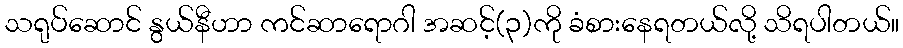
သရုပ်ဆောင် နွယ်နီဟာ ကင်ဆာရောဂါ အဆင့်(၃)ကို ခံစားနေရတယ်လို့ သိရပါတယ်။